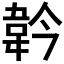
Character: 𩎖